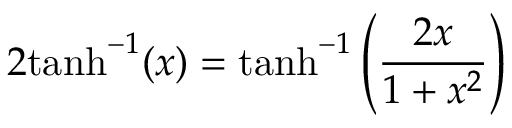
2 \mathrm { t a n h } ^ { - 1 } ( x ) = \mathrm { t a n h } ^ { - 1 } \left( { \frac { 2 x } { 1 + x ^ { 2 } } } \right)